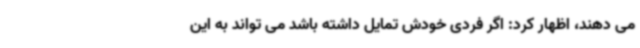
می دهند، اظهار کرد: اگر فردی خودش تمایل داشته باشد می تواند به این